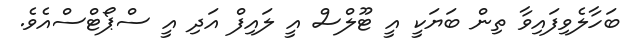
ބަހާލެވިފައިވާ ތިން ބަޔަކީ އީ ޓޫލްސް އީ ލައިފް އަދި އީ ސްޕޯޓްސްއެވެ.